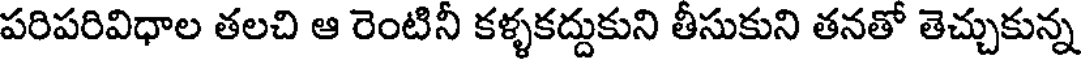
పరిపరివిధాల తలచి ఆ రెంటినీ కళ్ళకద్దుకుని తీసుకుని తనతో తెచ్చుకున్న